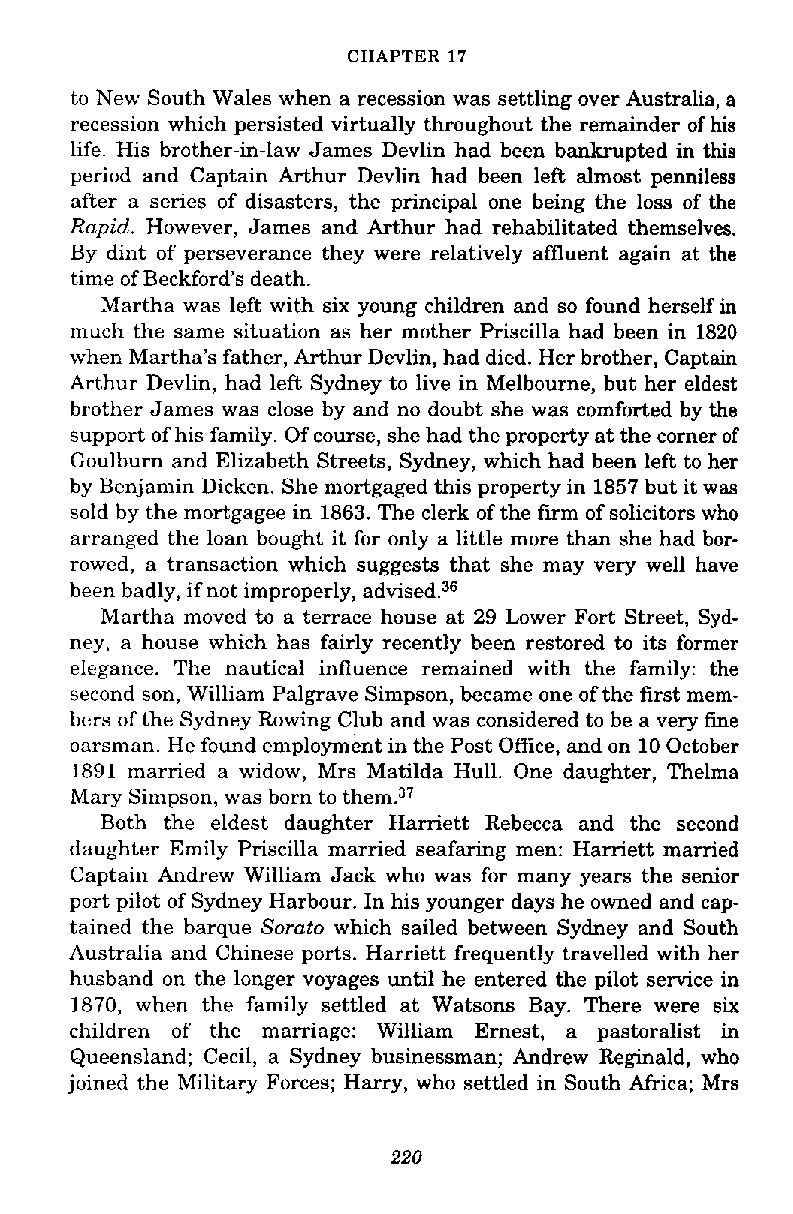
CHAPTER 17
 to New South Wales when a recession was settling over Australia, a
 recession which persisted virtually throughout the remainder of his
 life. His brother-in-law James Devlin had been bankrupted in this
 period and Captain Arthur Devlin had been left almost penniless
 after a series of disasters, the principal one being the loss of the
 Rapid. However, James and Arthur had rehabilitated themselves.
 By dint of perseverance they were relatively affluent again at the
 time of Beckford's death.
 Martha was left with six young children and so found herself in
 much the same situation as her mother Priscilla had been in 1820
 when Martha's father, Arthur Devlin, had died. Her brother, Captain
 Arthur Devlin, had left Sydney to live in Melbourne, but her eldest
 brother James was close by and no doubt she was comforted by the
 support of his family. Of course, she had the property at the comer of
 Goulburn and Elizabeth Streets, Sydney, which had been left to her
 by Benjamin Dicken. She mortgaged this property in 1857 but it was
 sold by the mortgagee in 1863. The clerk of the firm of solicitors who
 arranged the loan bought it for only a little more than she had bor-
 rowed, a transaction which suggests that she may very well have
 been badly, if not improperly, advised.36
 Martha moved to a terrace house at 29 Lower Fort Street, Syd-
 ney, a house which has fairly recently been restored to its former
 elegance. The nautical influence remained with the family: the
 second son, William Palgrave Simpson, became one of the first mem-
 bcrs of the Sydney Rowing Club and was considered to be a very fine
 oarsman. He found employment in the Post Office, and on 10 October
 1891 married a widow, Mrs Matilda Hull. One daughter, Thelma
 Mary Simpson, was born to them.37
 Both the eldest daughter Harriett Rebecca and the second
 daughter Emily Priscilla married seafaring men: Harriett mamed
 Captain Andrew William Jack who was for many years the senior
 port pilot of Sydney Harbour. In his younger days he owned and cap-
 tained the barque Sorato which sailed between Sydney and South
 Australia and Chinese ports. Harriett frequently travelled with her
 husband on the longer voyages until he entered the pilot senrice in
 1870, when the family settled at Watsons Bay. There were six
 children of the marriage: William Ernest, a pastoralist in
 Queensland; Cecil, a Sydney businessman; Andrew Reginald, who
 joined the Military Forces; Harry, who settled in South Africa; Mrs